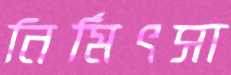
নির্মিৎসা